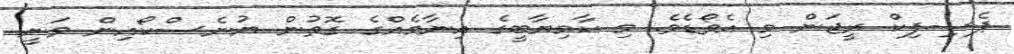
ޕެސިފިކް ރީޖަން މި އެވޯޑެވެ. މި ކާމިޔާބީގެ އިނާމެއްގެ ގޮތުން ޔުނެސްކޯއިން ވަނީ